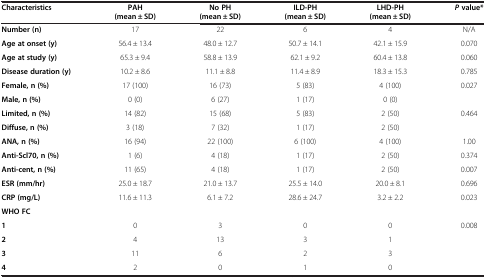
| Characteristics | PAH (mean ± SD) | No PH (mean ± SD) | ILD-PH (mean ± SD) | LHD-PH (mean ± SD) | P value* |
 | --- | --- | --- | --- | --- | --- |
 | Number (n) | 17 | 22 | 6 | 4 | N/A |
 | Age at onset (y) | 56.4 ± 13.4 | 48.0 ± 12.7 | 50.7 ± 14.1 | 42.1 ± 15.9 | 0.070 |
 | Age at study (y) | 65.3 ± 9.4 | 58.8 ± 13.9 | 62.1 ± 9.2 | 60.4 ± 13.8 | 0.060 |
 | Disease duration (y) | 10.2 ± 8.6 | 11.1 ± 8.8 | 11.4 ± 8.9 | 18.3 ± 15.3 | 0.785 |
 | Female, n (%) | 17 (100) | 16 (73) | 5 (83) | 4 (100) | <ROWSPAN=2> 0.027 |
 | Male, n (%) | 0 (0) | 6 (27) | 1 (17) | 0 (0) |
 | Limited, n (%) | 14 (82) | 15 (68) | 5 (83) | 2 (50) | <ROWSPAN=2> 0.464 |
 | Diffuse, n (%) | 3 (18) | 7 (32) | 1 (17) | 2 (50) |
 | ANA, n (%) | 16 (94) | 22 (100) | 6 (100) | 4 (100) | 1.00 |
 | Anti-Scl70, n (%) | 1 (6) | 4 (18) | 1 (17) | 2 (50) | 0.374 |
 | Anti-cent, n (%) | 11 (65) | 4 (18) | 1 (17) | 2 (50) | 0.007 |
 | ESR (mm/hr) | 25.0 ± 18.7 | 21.0 ± 13.7 | 25.5 ± 14.0 | 20.0 ± 8.1 | 0.696 |
 | CRP (mg/L) | 11.6 ± 11.3 | 6.1 ± 7.2 | 28.6 ± 24.7 | 3.2 ± 2.2 | 0.023 |
 | WHO FC |  |  |  |  |  |
 | 1 | 0 | 3 | 0 | 0 | <ROWSPAN=4> 0.008 |
 | 2 | 4 | 13 | 3 | 1 |
 | 3 | 11 | 6 | 2 | 3 |
 | 4 | 2 | 0 | 1 | 0 |